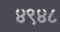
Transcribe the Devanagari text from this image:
४९४८